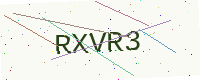
Text: RXVR3